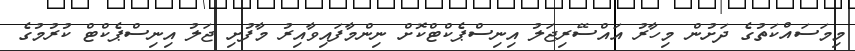
މިމަސައްކަތުގެ ދަށުން މިހާރު އައްސޭރިޖަލު އިނިސްޕެކްޓްކޮށް ނިންމާފައިވާއިރު މާފުށި ޖަލު އިނިސްޕެކްޓް ކުރުމުގެ